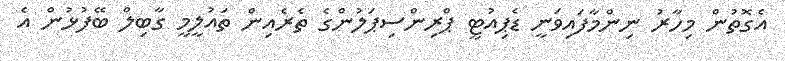
އެގޮތުން މިހާރު ނިންމާފައިވަނީ ޑެޕިއުޓީ ޕްރިންސިޕަލުންގެ ތެރެއިން ތައުލީމީ ގާބިލް ބޭފުޅުން އެ